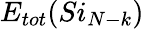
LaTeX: E_{tot}(Si_{N-k})